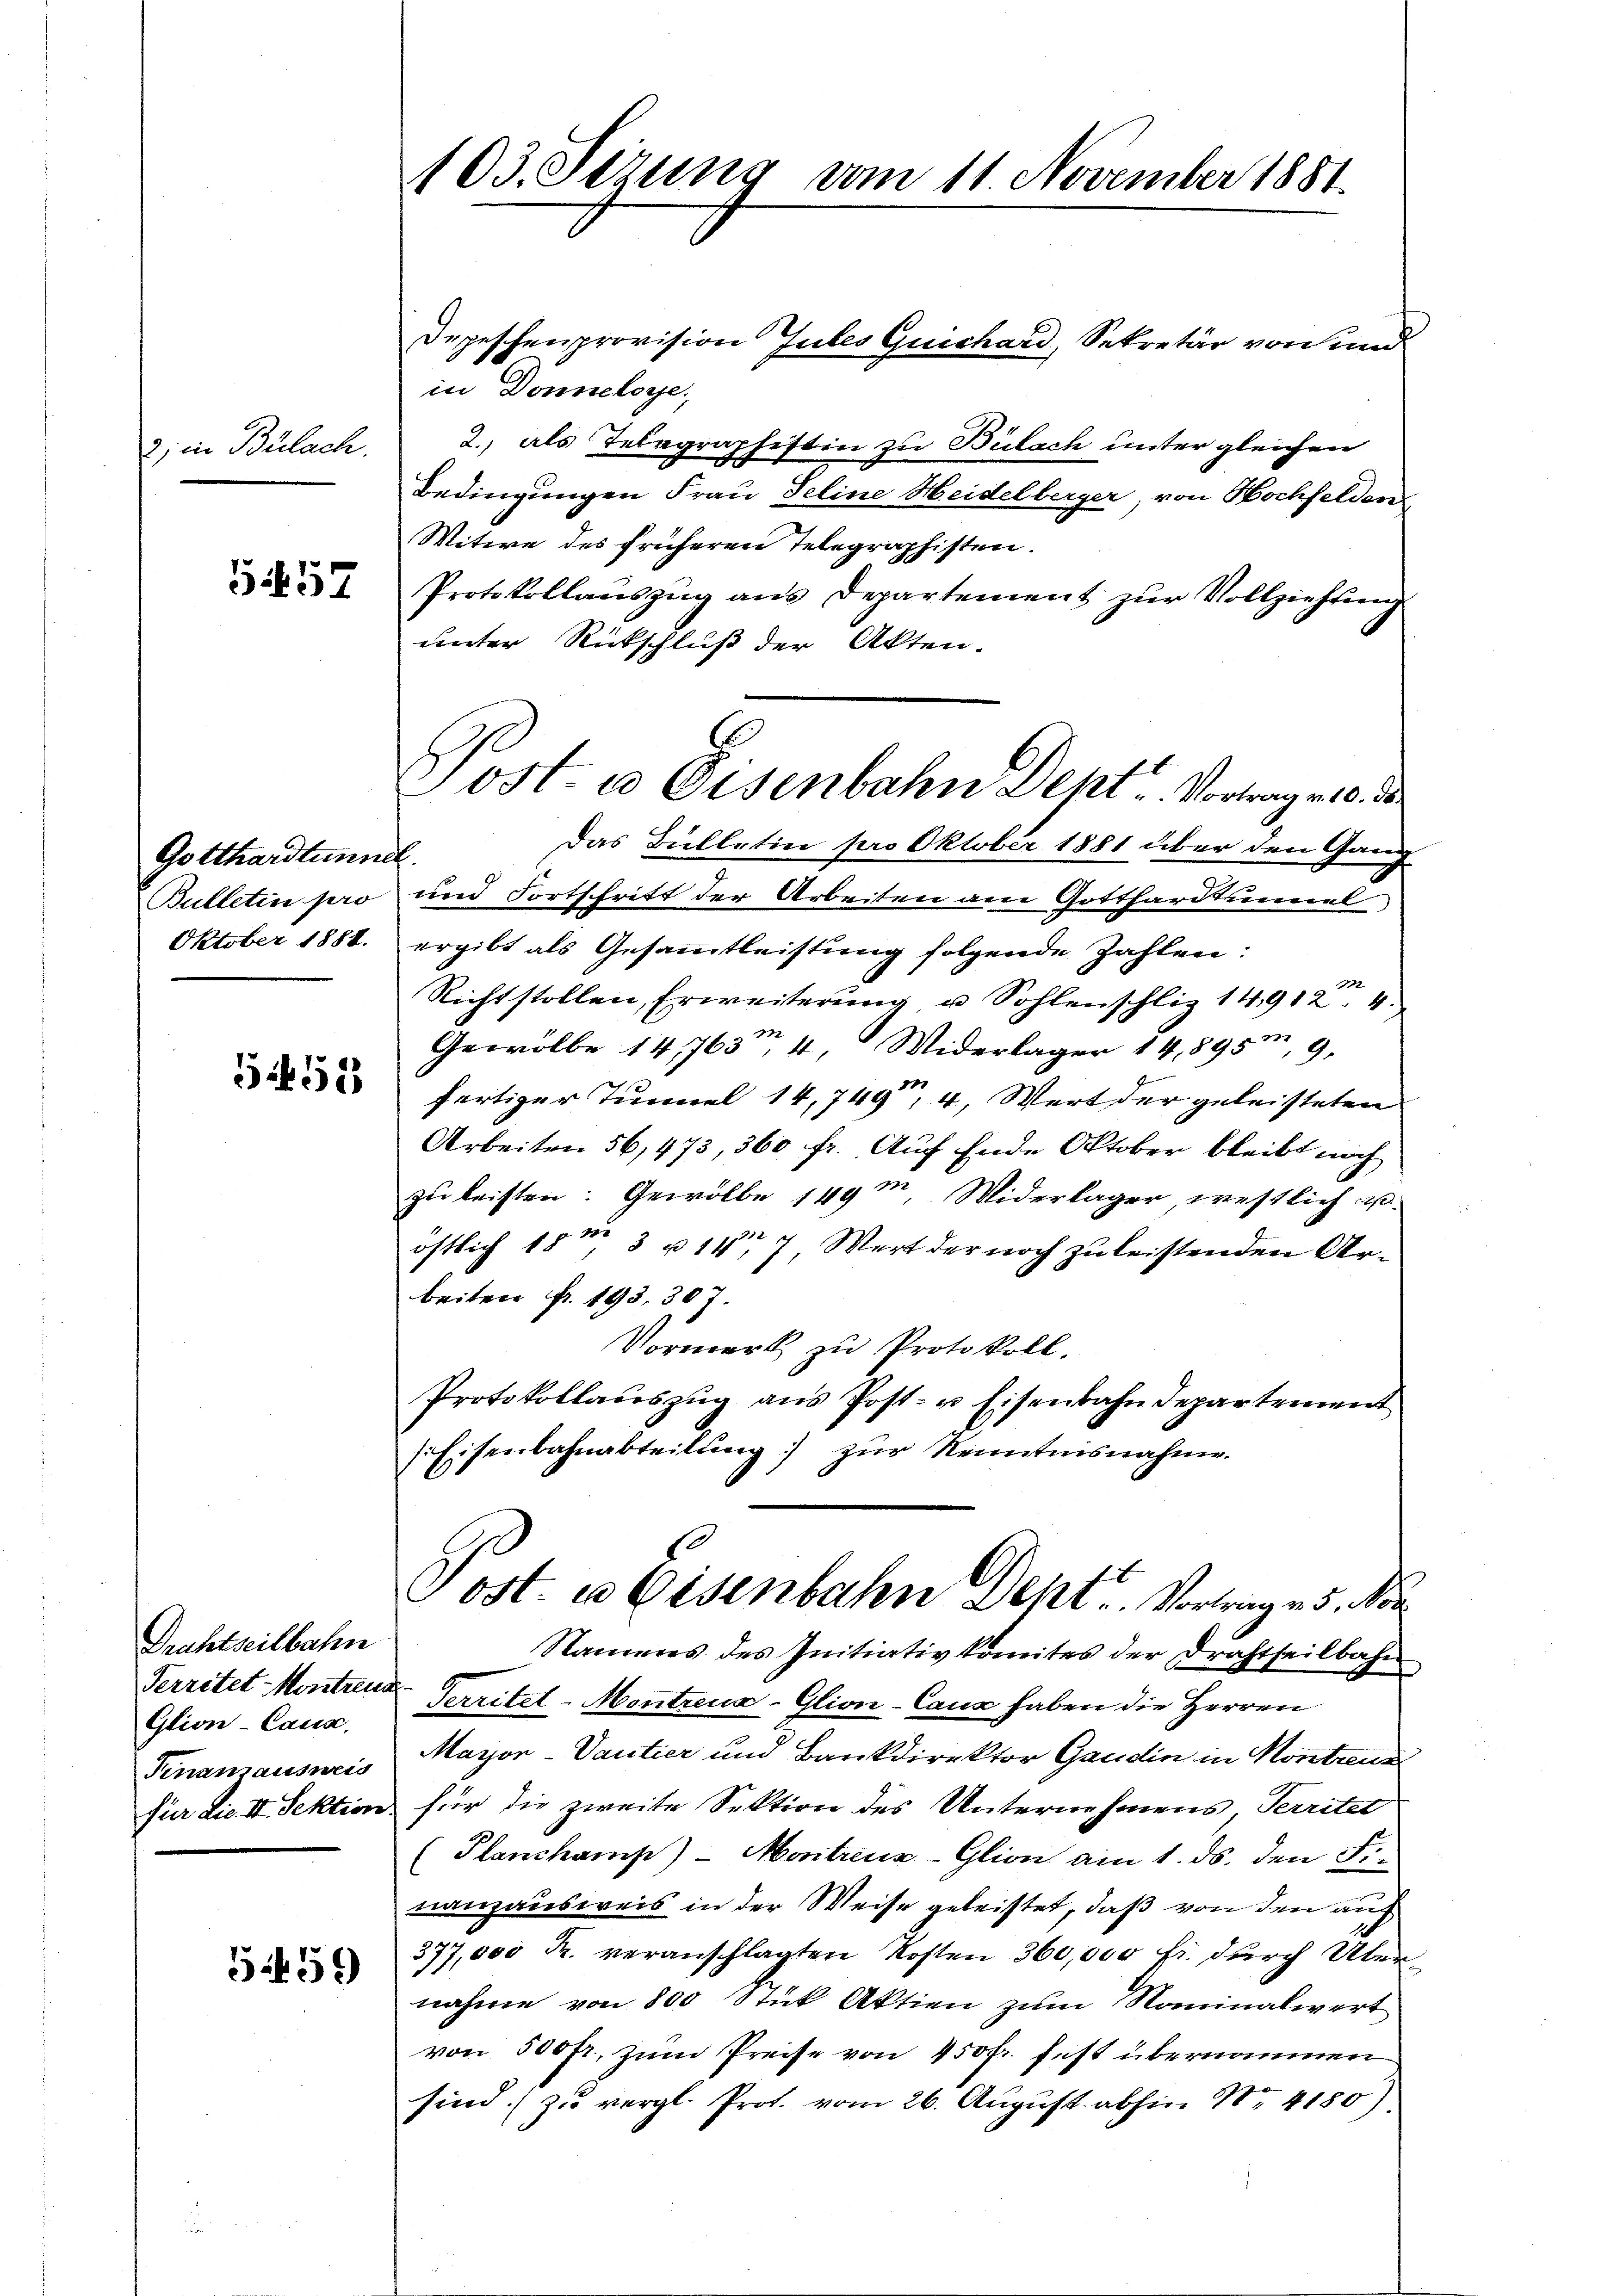
2) in Bülach.

5457

Gotthardtunne
Bulleten pro
Oktober 1888.

5.458

Drahtseitbahn
Glion-Cana
Tinamausweis

559

103. Sezung vom 11. November 1881

in Donneloye,
2.) als Telegraphistin zu Bülach unter gleichen
Bedingungen Frau Feline Heidelberger, von Hochfelden
Witwe des früheren Telegraphisten.
Protokollauszug aus Departement zur Vollziehung
unter Rückschluß der Akten.
Das Bülletin pro Oktober 1881 über den Gang
und Fortschritt der Arbeiten am Gotthardteinmal
ergibt als Gesammtleistung folgende Zahlen:
9
Richtstollen, Erweiterung u Sohlenschliz 14,9124.
332
Gewölbe 14,763, 4 Widerlager 14,895, 9.
fertiger Tunnel 14,7494, Wert der geleisteten
Arbeiten 56, 473, 360 fr. Auf Ende Oktober bleibt noch
zu leisten: Gewölbe 149. Widerlager, westlich u.
östlich 15m 3 u. 147, Wert der noch zu leistenden Arbeiten fr. 193, 30
Vormerk zu Protokoll.
Protokollauszug aus Post- u. Eisenbahndepartement
sEisenbahnabteilŭng zŭr Kenntnisnahme.
Tost- u Eisenbahn Dept. Vortrage 5. Nor
Nameres des Initiativkomites der Drahtheilbahn
Territet-Kontrend Territet-Montreux-Glion-Caus haben die Herren
Mayon-Vantier und Bankdirektor Gaudin in Montreus
für die II. Sektion für die zweite Sektion des Unternehmens, Territet
(Planchamp) - Montreuz-Glion am 1. ds. den Finanzausweis in der Weise geleistet, daß von den auch
377,000 Fr. veranschlagten Kosten 360,000 fr. durch Übernahme von 800 Stück Aktien zum Nominalwert
von 500 fr., zum Preise von 450 fr. fest übernommen
sind.) zu vergl. Prot. vom 26. August abhin 1 4180)

Depeschenprovision Gutes Quichard, Sekretär von und

Sost- u Eisenbahn Dept Vortrag a. 0.